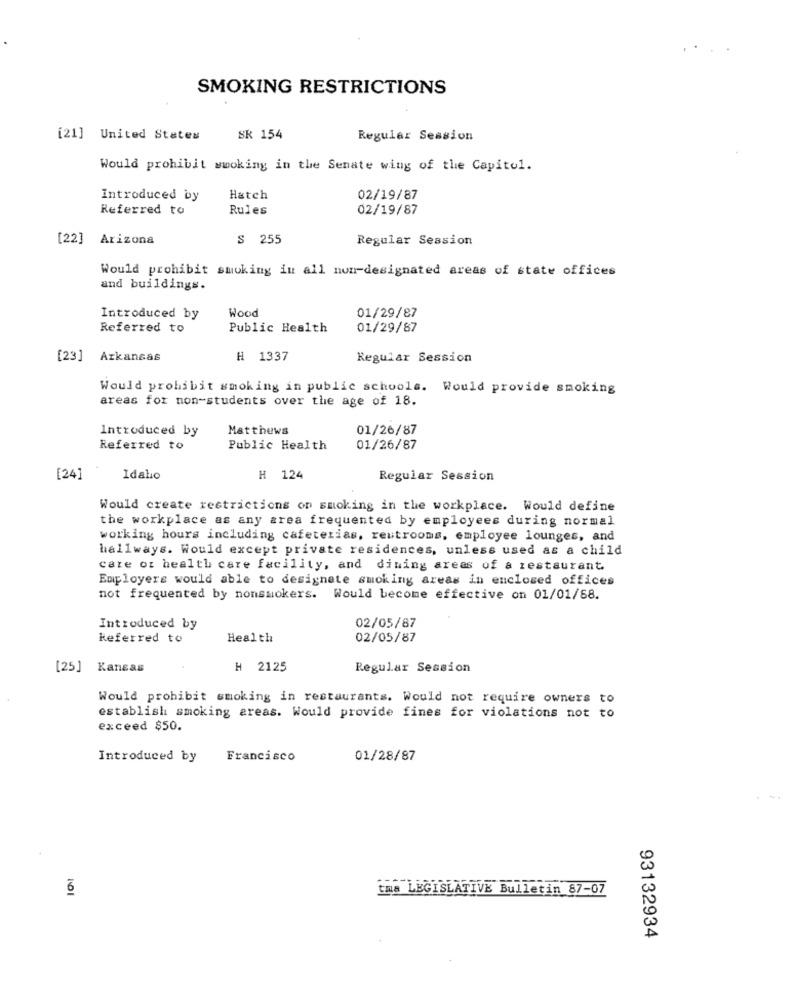
SMOKING RESTRICTIONS
[21] United States
Sk 154
Regular Session
Would prohibit wwoking in the Senate wing of the Capitol.
Introduced by
Hatch
02/19/87
Referred to
Rules
02/19/87
[22] Arizona
S 255
Regular Session
Would prohibit smoking in all nun-designated areas of state offices
and buildings.
Wood
01/29/87
Introduced by
Referred to
Public Health
01/29/87
[23] Arkansas
H 1337
Regular Session
Would prohibit smoking in public schools. Would provide smoking
areas for non-students over the age of 18.
Introduced by
Matthews
01/26/87
Referred to
Public Health
01/26/87
[24]
Idaho
H 124
Regular Session
Would create restrictions on smoking in the workplace. Would define
the workplace as any area frequented by employees during normal
working hours including cafeterias, restrooms, employee lounges, and
hallways. Would except private residences, unless used as a child
care of health care facility, and dining areas of a restaurant.
Employers would able to designate smoking areas in enclosed offices
not frequented by nonsmokers. Would become effective on 01/01/88.
Introduced by
02/05/87
Referred to
Health
02/05/87
[25] Kansas
H 2125
Regular Session
Would prohibit smoking in restaurants. Would not require owners to
establish smoking areas. Would provide fines for violations not to
exceed $50.
Introduced by
Francisco
01/28/87
6
tma LEGISLATIVE Bulletin 87-07
93132934